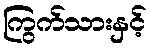
ကြွက်သားနှင့်